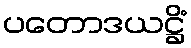
ပတောဒယဋ္ဌိံ